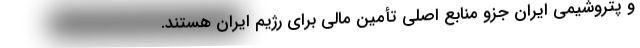
و پتروشیمی ایران جزو منابع اصلی تأمین مالی برای رژیم ایران هستند.